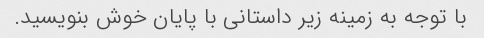
با توجه به زمینه زیر داستانی با پایان خوش بنویسید.